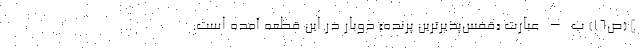
] (ص16) ب – عبارت «قفس‌پذیرترین پرنده» دوبار در این قطعه آمده است.